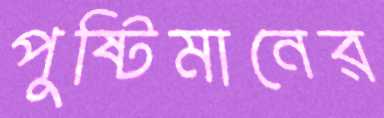
পুষ্টিমানের